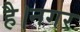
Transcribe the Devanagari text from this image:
है।नगर